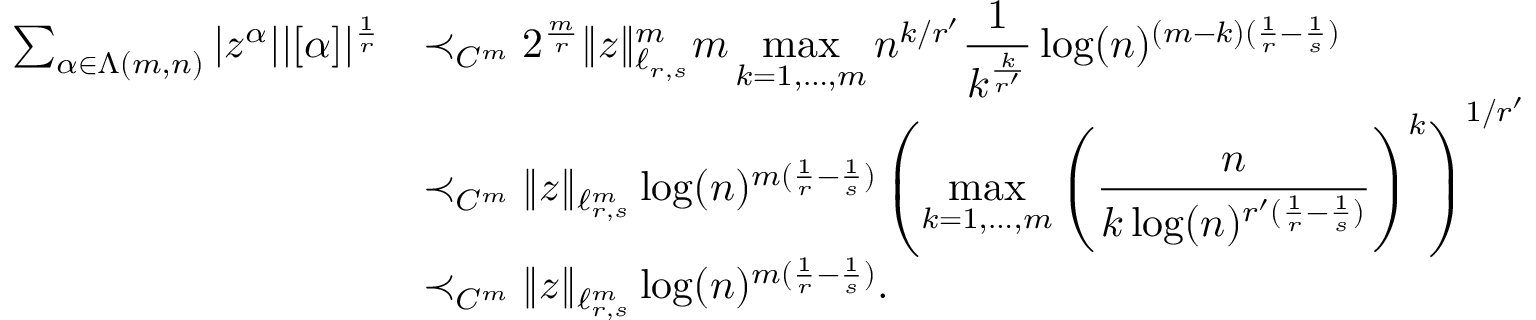
\begin{array} { r l } { \sum _ { \alpha \in \Lambda ( m , n ) } | z ^ { \alpha } | | [ \alpha ] | ^ { \frac { 1 } { r } } } & { \prec _ { C ^ { m } } 2 ^ { \frac { m } { r } } \| z \| _ { \ell _ { r , s } } ^ { m } m \displaystyle \operatorname* { m a x } _ { k = 1 , \ldots , m } n ^ { k / r ^ { \prime } } \frac { 1 } { k ^ { \frac { k } { r ^ { \prime } } } } \log ( n ) ^ { ( m - k ) ( \frac { 1 } { r } - \frac { 1 } { s } ) } } \\ & { \prec _ { C ^ { m } } \| z \| _ { \ell _ { r , s } ^ { m } } \log ( n ) ^ { m ( \frac { 1 } { r } - \frac { 1 } { s } ) } \left( \displaystyle \operatorname* { m a x } _ { k = 1 , \ldots , m } \left( \frac { n } { k \log ( n ) ^ { r ^ { \prime } ( \frac { 1 } { r } - \frac { 1 } { s } ) } } \right) ^ { k } \right) ^ { 1 / r ^ { \prime } } } \\ & { \prec _ { C ^ { m } } \| z \| _ { \ell _ { r , s } ^ { m } } \log ( n ) ^ { m ( \frac { 1 } { r } - \frac { 1 } { s } ) } . } \end{array}